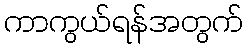
ကာကွယ်ရန်အတွက်